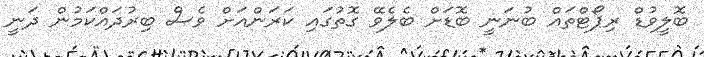
ބޮލީވުޑް ރިޕޯޓްތައް ބުނަނީ ބޮޑަށް ބެލެވޭ ގޮތުގައި ކަރަންއަށް ވެސް ބިރުދައްކަމުން ދަނީ